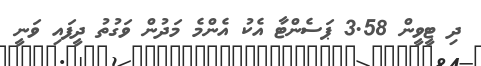
ދި ޓީވީން 3.58 ޕަސެންޓާ އެކު އެންމެ މަދުން ވަގުތު ދީފައި ވަނީ